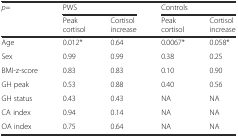
<table><thead><tr><td><b><i>p</i>=</b></td><td colspan="2"><b>PWS</b></td><td colspan="2"><b>Controls</b></td></tr><tr><td></td><td><b>Peak cortisol</b></td><td><b>Cortisol increase</b></td><td><b>Peak cortisol</b></td><td><b>Cortisol increase</b></td></tr></thead><tbody><tr><td>Age</td><td>0.012*</td><td>0.64</td><td>0.0067*</td><td>0.058*</td></tr><tr><td>Sex</td><td>0.99</td><td>0.99</td><td>0.38</td><td>0.25</td></tr><tr><td>BMI-z-score</td><td>0.83</td><td>0.83</td><td>0.10</td><td>0.90</td></tr><tr><td>GH peak</td><td>0.53</td><td>0.88</td><td>0.40</td><td>0.56</td></tr><tr><td>GH status</td><td>0.43</td><td>0.43</td><td>NA</td><td>NA</td></tr><tr><td>CA index</td><td>0.94</td><td>0.14</td><td>NA</td><td>NA</td></tr><tr><td>OA index</td><td>0.75</td><td>0.64</td><td>NA</td><td>NA</td></tr></tbody></table>